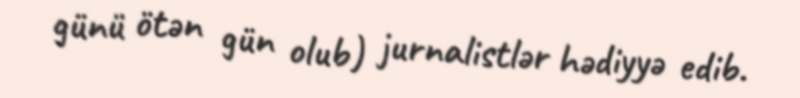
günü ötən gün olub) jurnalistlər hədiyyə edib.